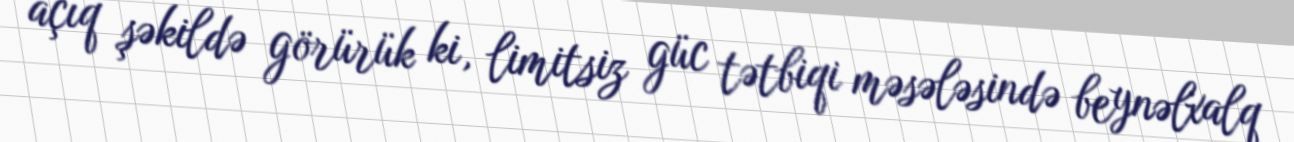
açıq şəkildə görürük ki, limitsiz güc tətbiqi məsələsində beynəlxalq